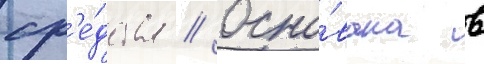
ср'е́дства // Осно́вана в